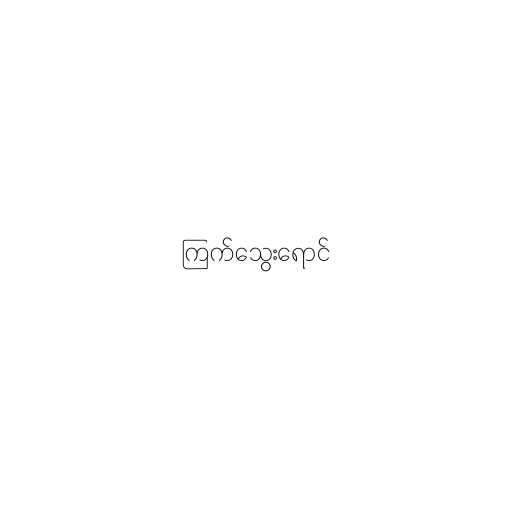
ကြက်သွေးရောင်